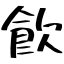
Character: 飮